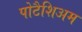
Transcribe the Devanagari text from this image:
पोटैशिअम